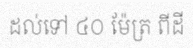
ដល់ទៅ ៤០ ម៉ែត្រ ពីដី